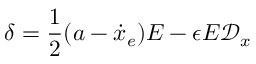
\boldsymbol { \delta } = \frac { 1 } { 2 } ( a - \dot { x } _ { e } ) E - \epsilon E \mathcal { D } _ { x }